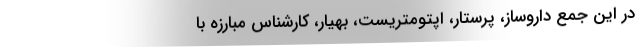
در این جمع داروساز، پرستار، اپتومتریست، بهیار، کارشناس مبارزه با